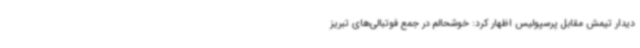
دیدار تیمش مقابل پرسپولیس اظهار کرد: خوشحالم در جمع فوتبالی‌های تبریز